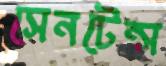
সেনটেন্স